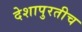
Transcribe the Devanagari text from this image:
देशापुरतीच